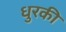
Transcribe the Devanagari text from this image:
धुरकी